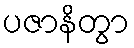
ပဇာနိတွာ